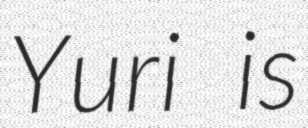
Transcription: Yuri is